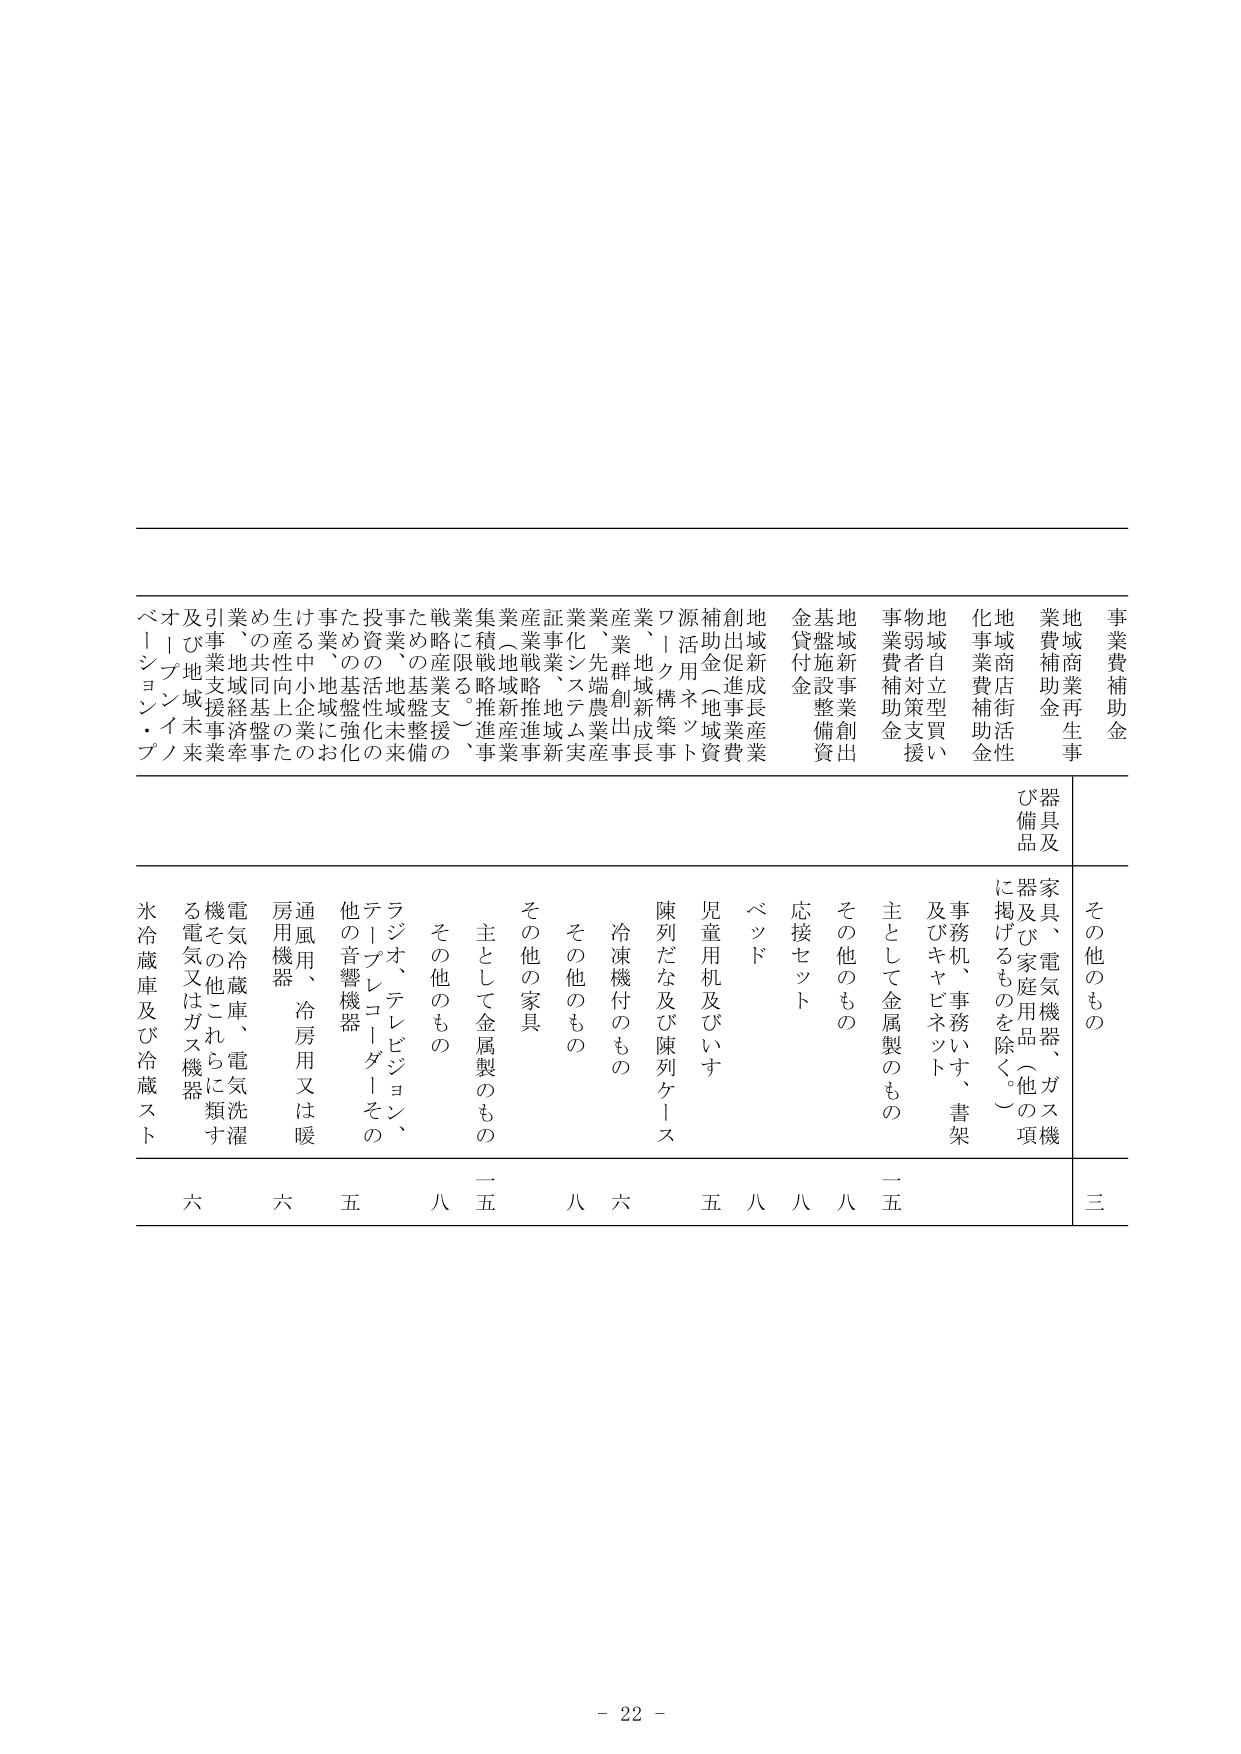
事業費補助金
地域商業再生事業費補助金
地域商店街活性化事業費補助金
地域自立型買い物弱者対策支援事業費補助金
地域新事業創出基盤施設整備資金貸付金
地域新産業創出促進事業費補助金（地域資源活用ネットワーク構築事業、地域新成長産業群創出事業、先端農業産業化・ステム実証事業、地域戦略推進事業、地域戦略推進事業、戦略的産業支援、戦略的産業支援、事業の基盤整備のための地域未整備事業、地域活性化のための地域強化事業、中小企業の生産性向上のための共通基盤事業、地域経済牽引事業及び地域未実業支援事業）

その他のもの
器具及び備品
家具、電気機器、ガス機器及び家庭用品（他の項に掲げるものを除く。）
事務机、事務いす、書架及びキャビネット
主として金属製のもの
その他のもの
応接セット
ベッド
児童用机及びいす
陳列だな及び陳列ケース
冷凍機付のもの
その他のもの
その他の家具
主として金属製のもの
その他のもの
ラジオ、テレビジョン、テレプレコーダーその他の音響機器
通風用、冷房用又は暖房用機器
電気冷蔵庫、電気洗濯機その他これらに類する電気又はガス機器
氷冷蔵庫及び冷蔵スト

三
八
八
八
五
八
五
八
六
五
六
六

- 22 -